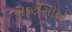
એફટીસીએ